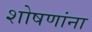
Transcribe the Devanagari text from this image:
शोषणांना